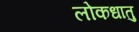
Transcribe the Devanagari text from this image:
लोकधातु